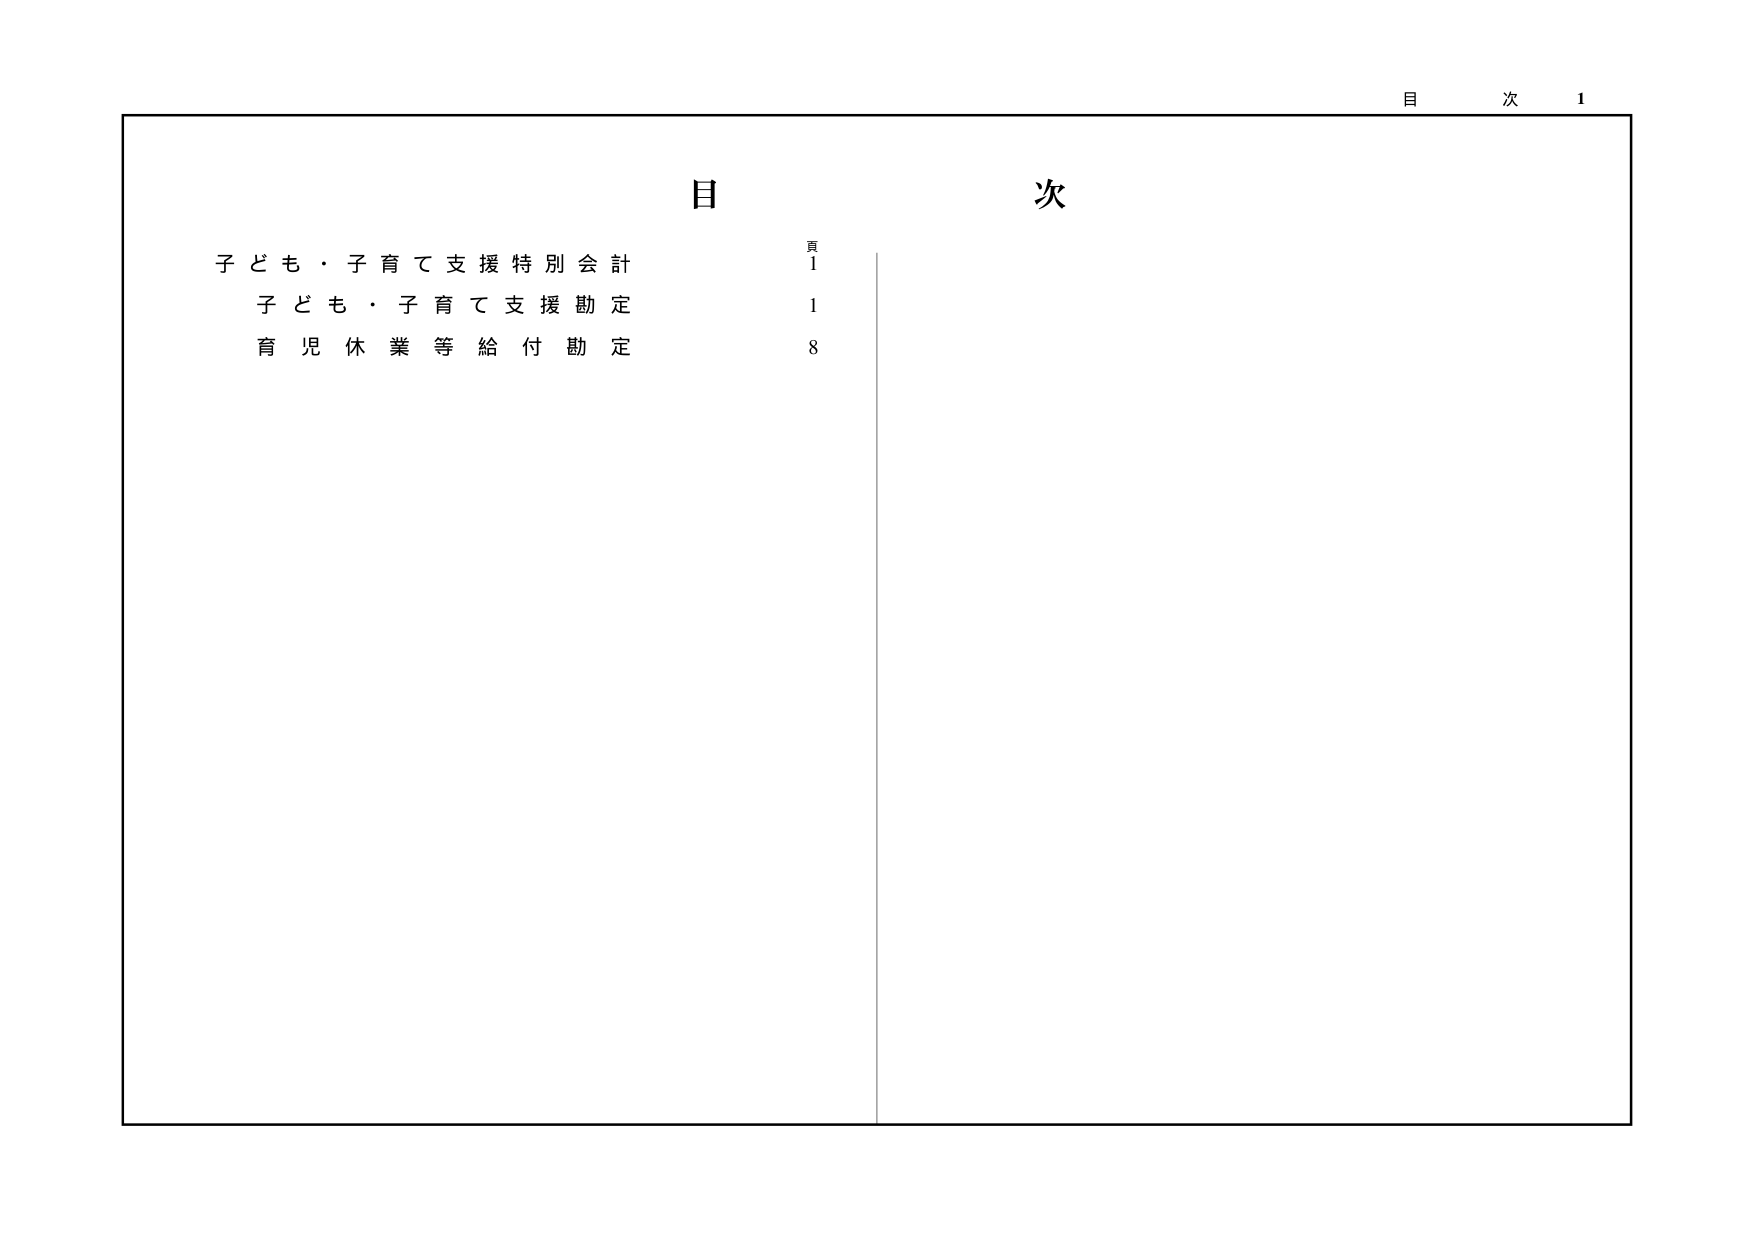
目 次 1

目 次

子ども・子育て支援特別会計 1
子ども・子育て支援勘定 1
育児休業等給付勘定 8